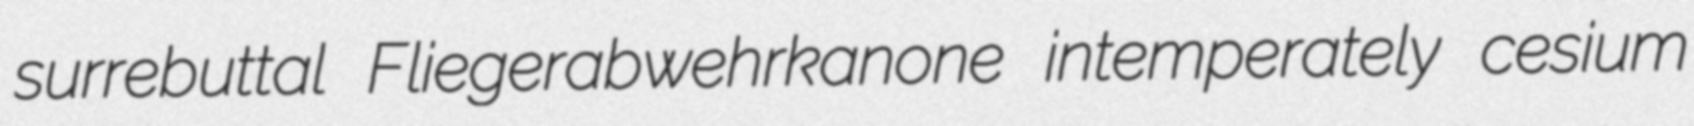
surrebuttal Fliegerabwehrkanone intemperately cesium